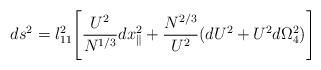
LaTeX: \begin{align*}ds^2 = l_{11}^2 \Biggl[ {{U^2}\over{ N^{1/3}}}dx_\parallel^2 + \frac{{N}^{2/3}}{U^{2}} (dU^2 + U^2 d\Omega_{4}^2) \Biggr] \end{align*}